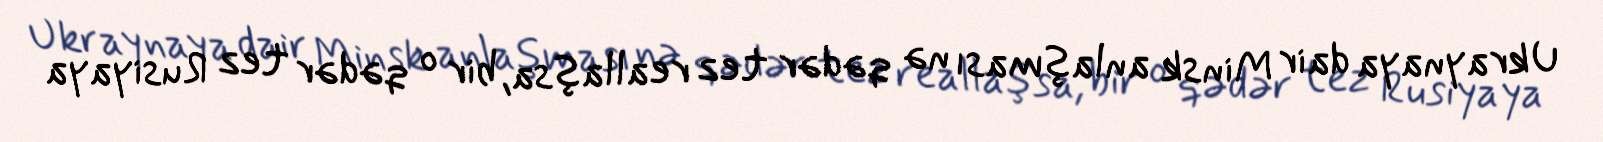
Ukraynaya dair Minsk anlaşması nə qədər tez reallaşsa, bir o qədər tez Rusiyaya